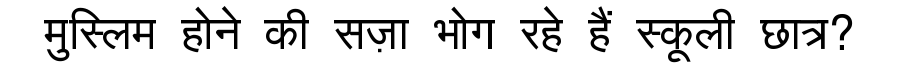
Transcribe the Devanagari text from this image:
मुस्लिम होने की सज़ा भोग रहे हैं स्कूली छात्र?